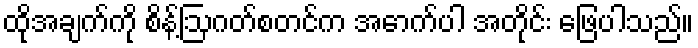
ထိုအချက်ကို စိန့်ဩဂတ်စတင်က အောက်ပါ အတိုင်း ဖြေပါသည်။